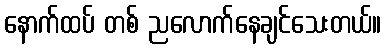
နောက်ထပ် တစ် ညလောက်နေချင်သေးတယ်။